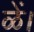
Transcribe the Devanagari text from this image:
ळें।